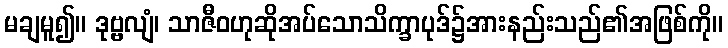
မချမူ၍။ ဒုဗ္ဗလျံ၊ သာဇီဝဟုဆိုအပ်သောသိက္ခာပုဒ်၌အားနည်းသည်၏အဖြစ်ကို။